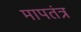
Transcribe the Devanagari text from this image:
मापतंत्र